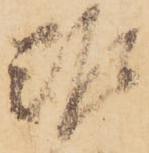
難